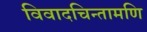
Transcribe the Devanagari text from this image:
विवादचिन्तामणि